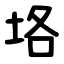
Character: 垎